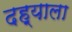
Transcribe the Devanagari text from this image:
दह्याला